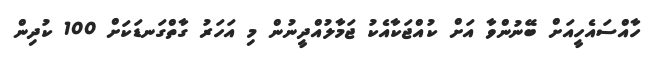
ހާއްސައެހީއަށް ބޭނުންވާ އަށް ކުއްޖަކާއެކު ޖަމާލުއްދީނުން މި އަހަރު ގާތްގަނޑަކަށް 100 ކުދިން